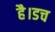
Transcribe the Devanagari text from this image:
है।डच